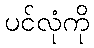
ပင်လုံကို